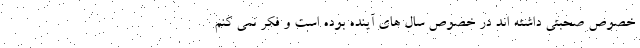
خصوص صحبتی داشته اند در خصوص سال های آینده بوده است و فکر نمی کنم